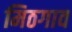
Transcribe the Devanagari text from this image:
मिठगाव